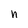
Character: n